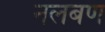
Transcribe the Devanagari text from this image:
नलबण